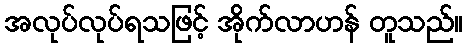
အလုပ်လုပ်ရသဖြင့် အိုက်လာဟန် တူသည်။